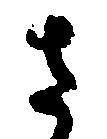
ま